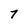
Character: 7